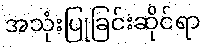
အသုံးပြုခြင်းဆိုင်ရာ